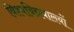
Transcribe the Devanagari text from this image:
विश्वविद्ययालयों